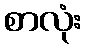
စာလုံး